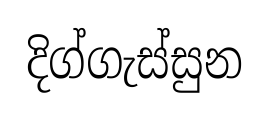
දිග්ගැස්සුන